Bréfritari: Sigríður Pálsdóttir
Viðtakandi: Páll Pálsson
Dagsetning: A-1860-06-30
Skrifað á: Breiðabólsstað  Rang.
Páll var bróðir Sigríðar

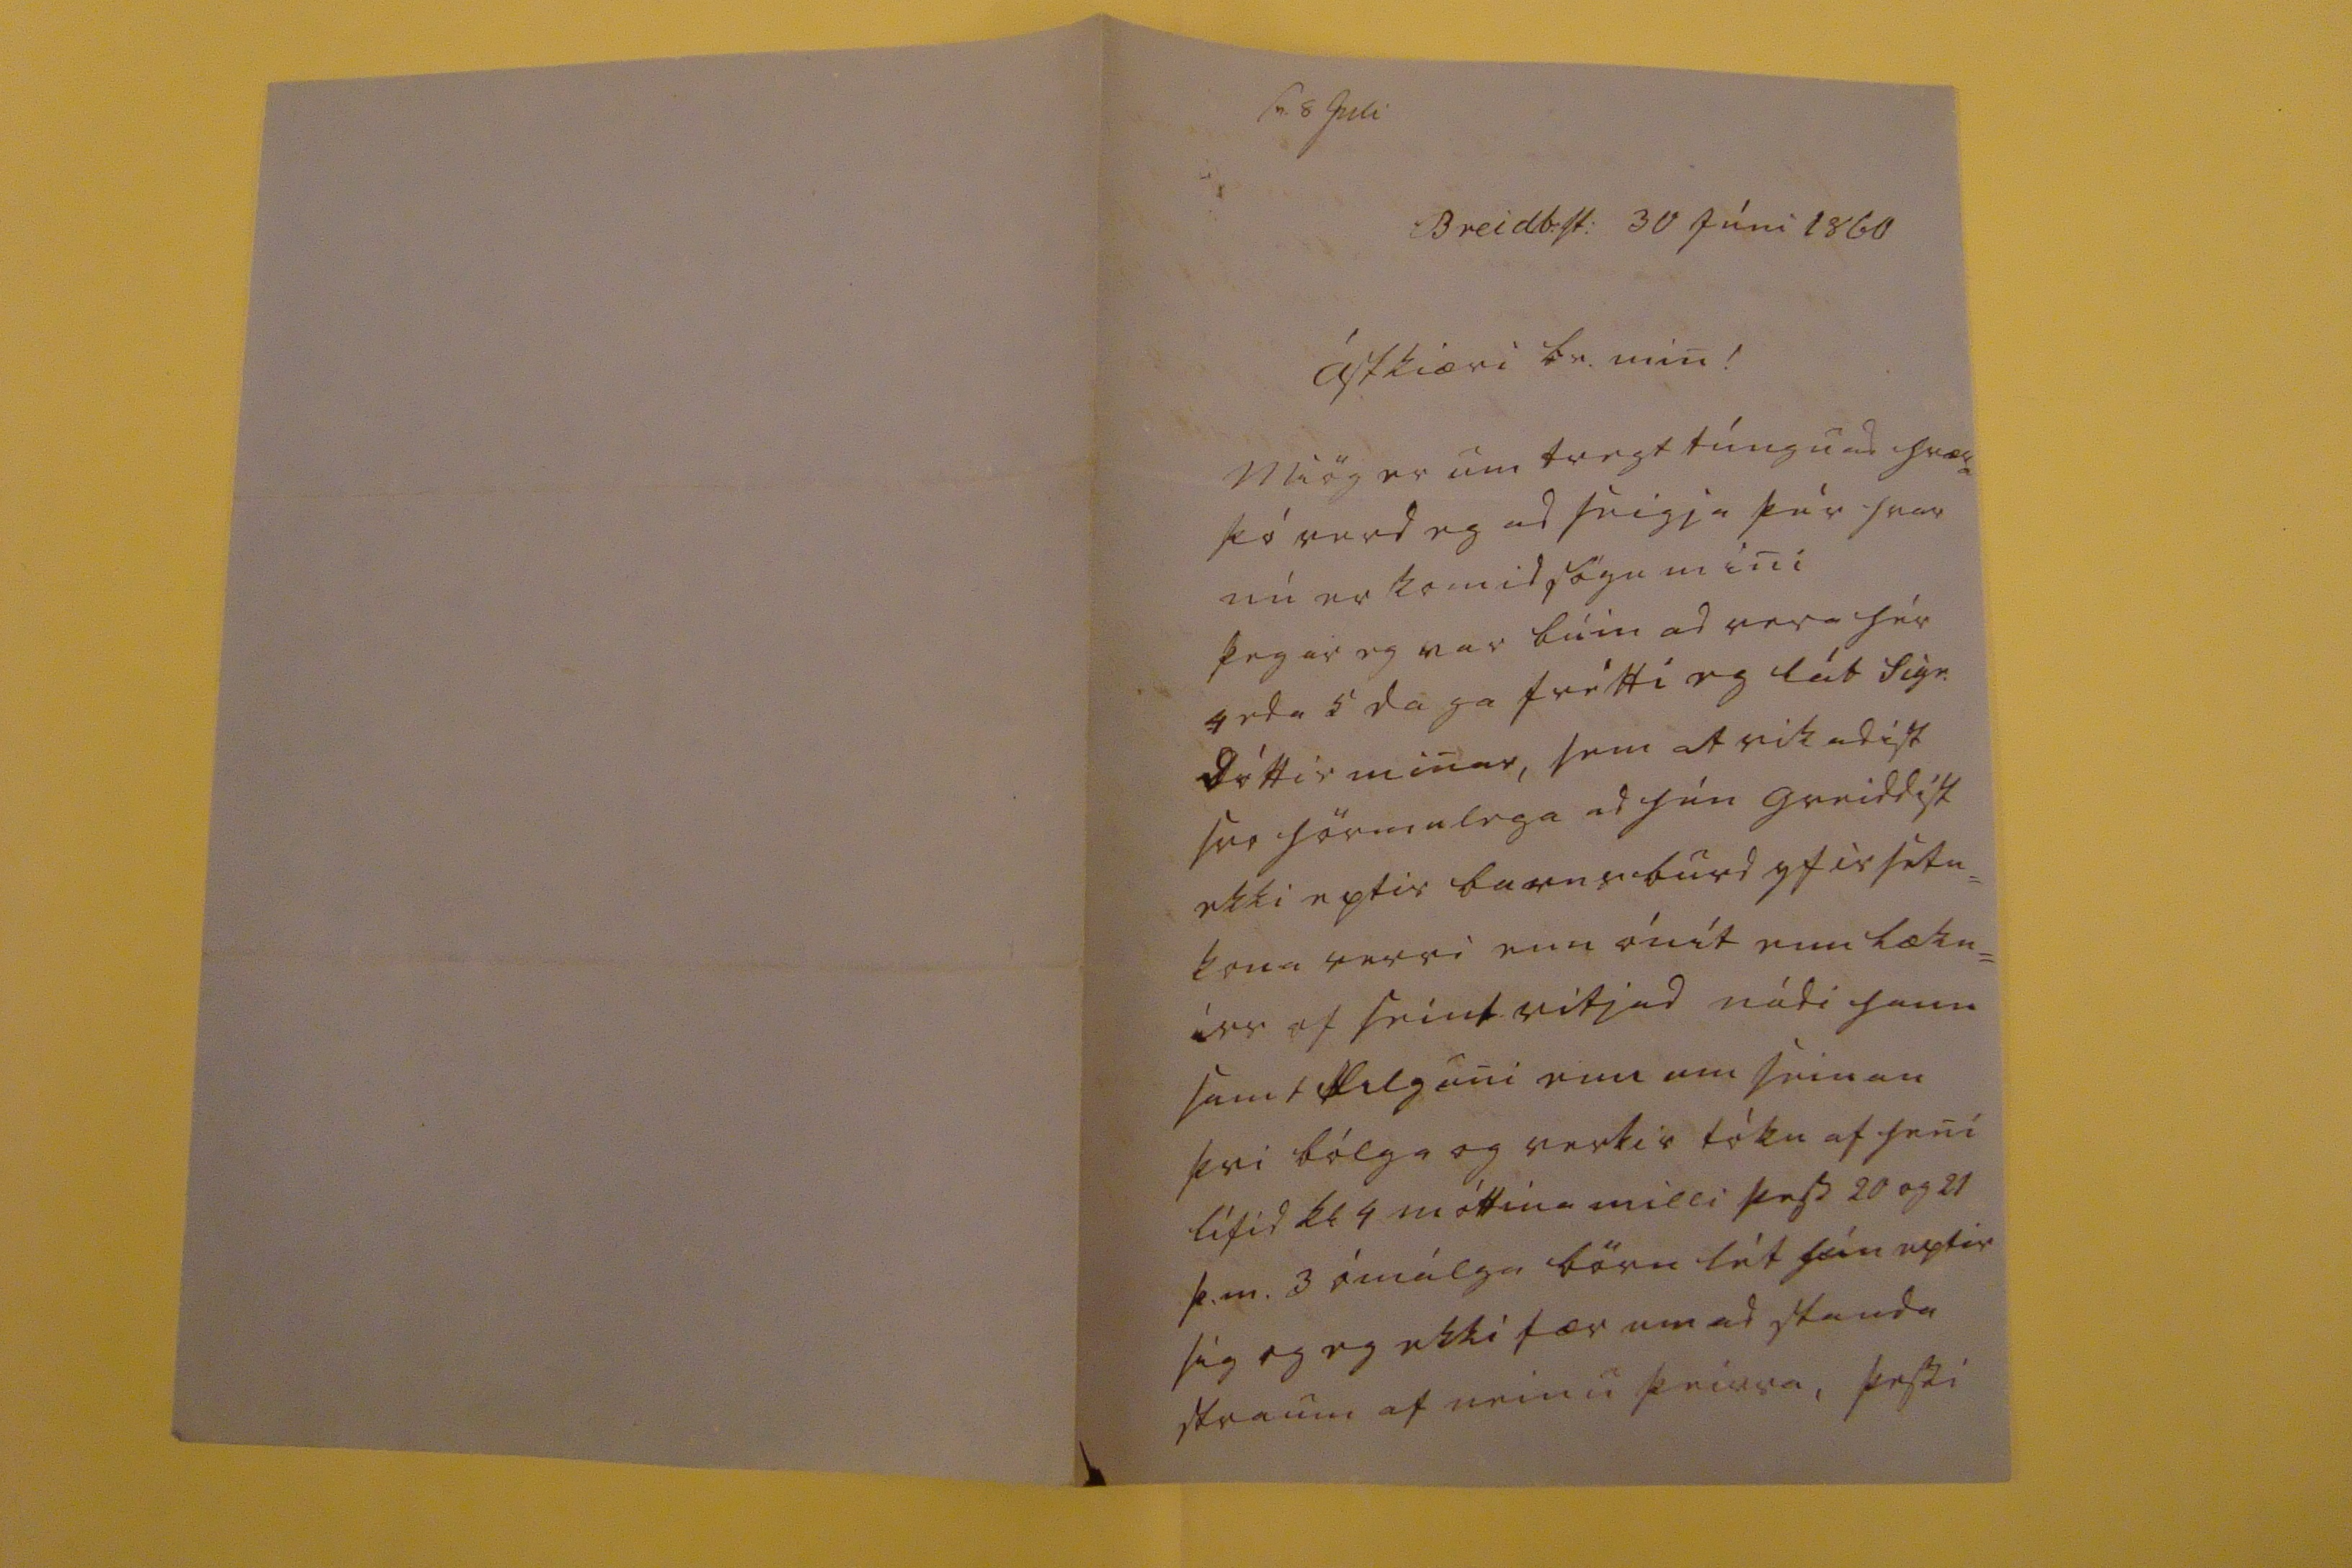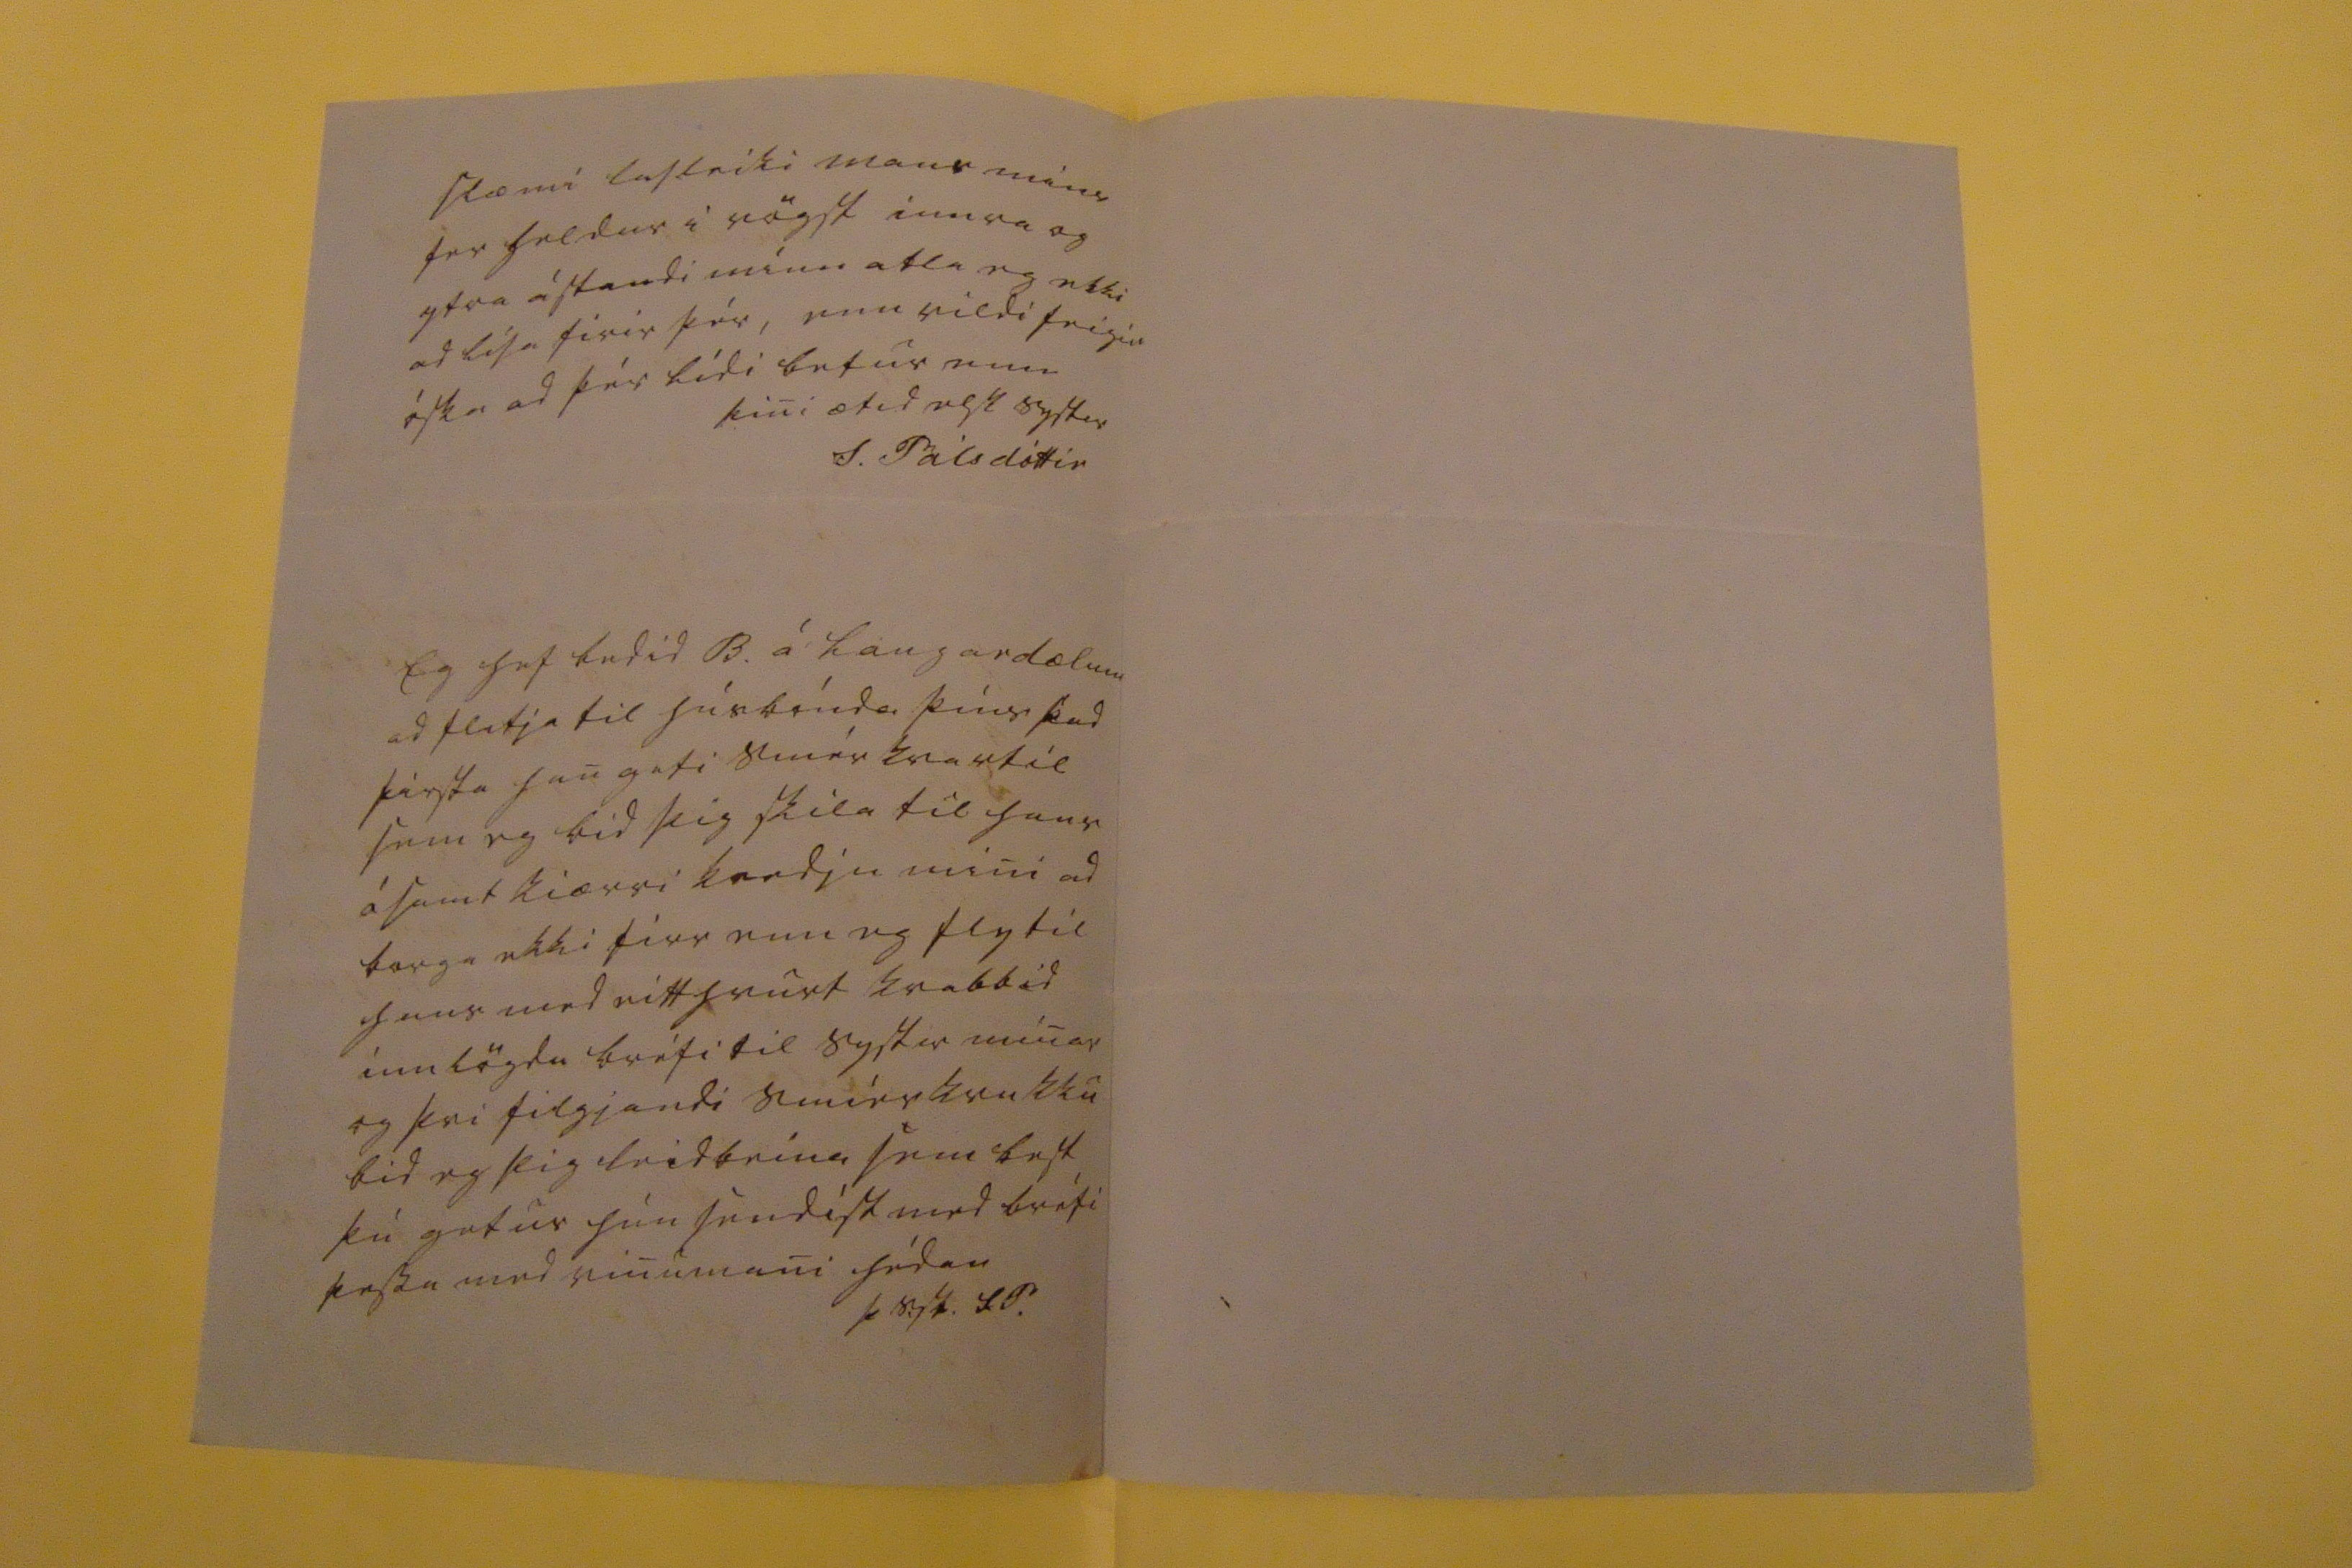

sv. 8 Juli
Breidb:st: 30 júni 1860
Ástkiæri br. min!
Miög er um tregt túngu ad
hræ0a
þó verd eg ad seigja þér hvar nú er komid sögu mini þegar eg var búin ad vera hér 4 eda 5 daga frétti eg lát Sigr. dóttir minar, sem atvikadist svo hörmulega ad hún greiddist ekki eptir barnsburd yfir sétu= kona verri enn ónít enn lækn= irr of seint vitjad nádi hann samt filguni enn um seinan þvi bólga og verkir tóku af heni lífid kl 4
m
óttina milli þess 20 og 21 þ.m. 3 ómálga börn lét hún eptir sig og eg ekki fær um ad standa straum af neinu þeirra, þessi
slæmi lasleiki mans mins fer heldur i vögst innra og ytra ástandi minu atla eg ekki ad lisa firir þér, enn vildi seigia óska ad þér lídi betur enn
þini ætid elsk systir
S. Pálsdóttir
Eg hef bedid B. á Laugardælum ad flytja til húsbónda þíns þad firsta han geti smérkvartil sem eg bid þig skila til hans ásamt kiærri kvedju mini ad borga ekki firr enn eg fly til hans med eitthvurt kvabbid innlögdu bréfi til systur minar og þvi filgjandi smiérkrukku bid eg þig leidbeina sem best þú getur hún sendist med bréfi þessu med vinumani hédan
þ syst. SP.